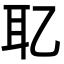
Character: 䎲